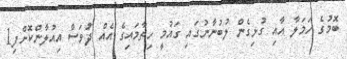
ބޮމުގެ ހަމަލާ އާއި ގުޅިގެން ލުބުނާނުގައި ގައުމީ ހިތާމައިގެ އެއް ދުވަސް އިއުލާންކޮށްފި1